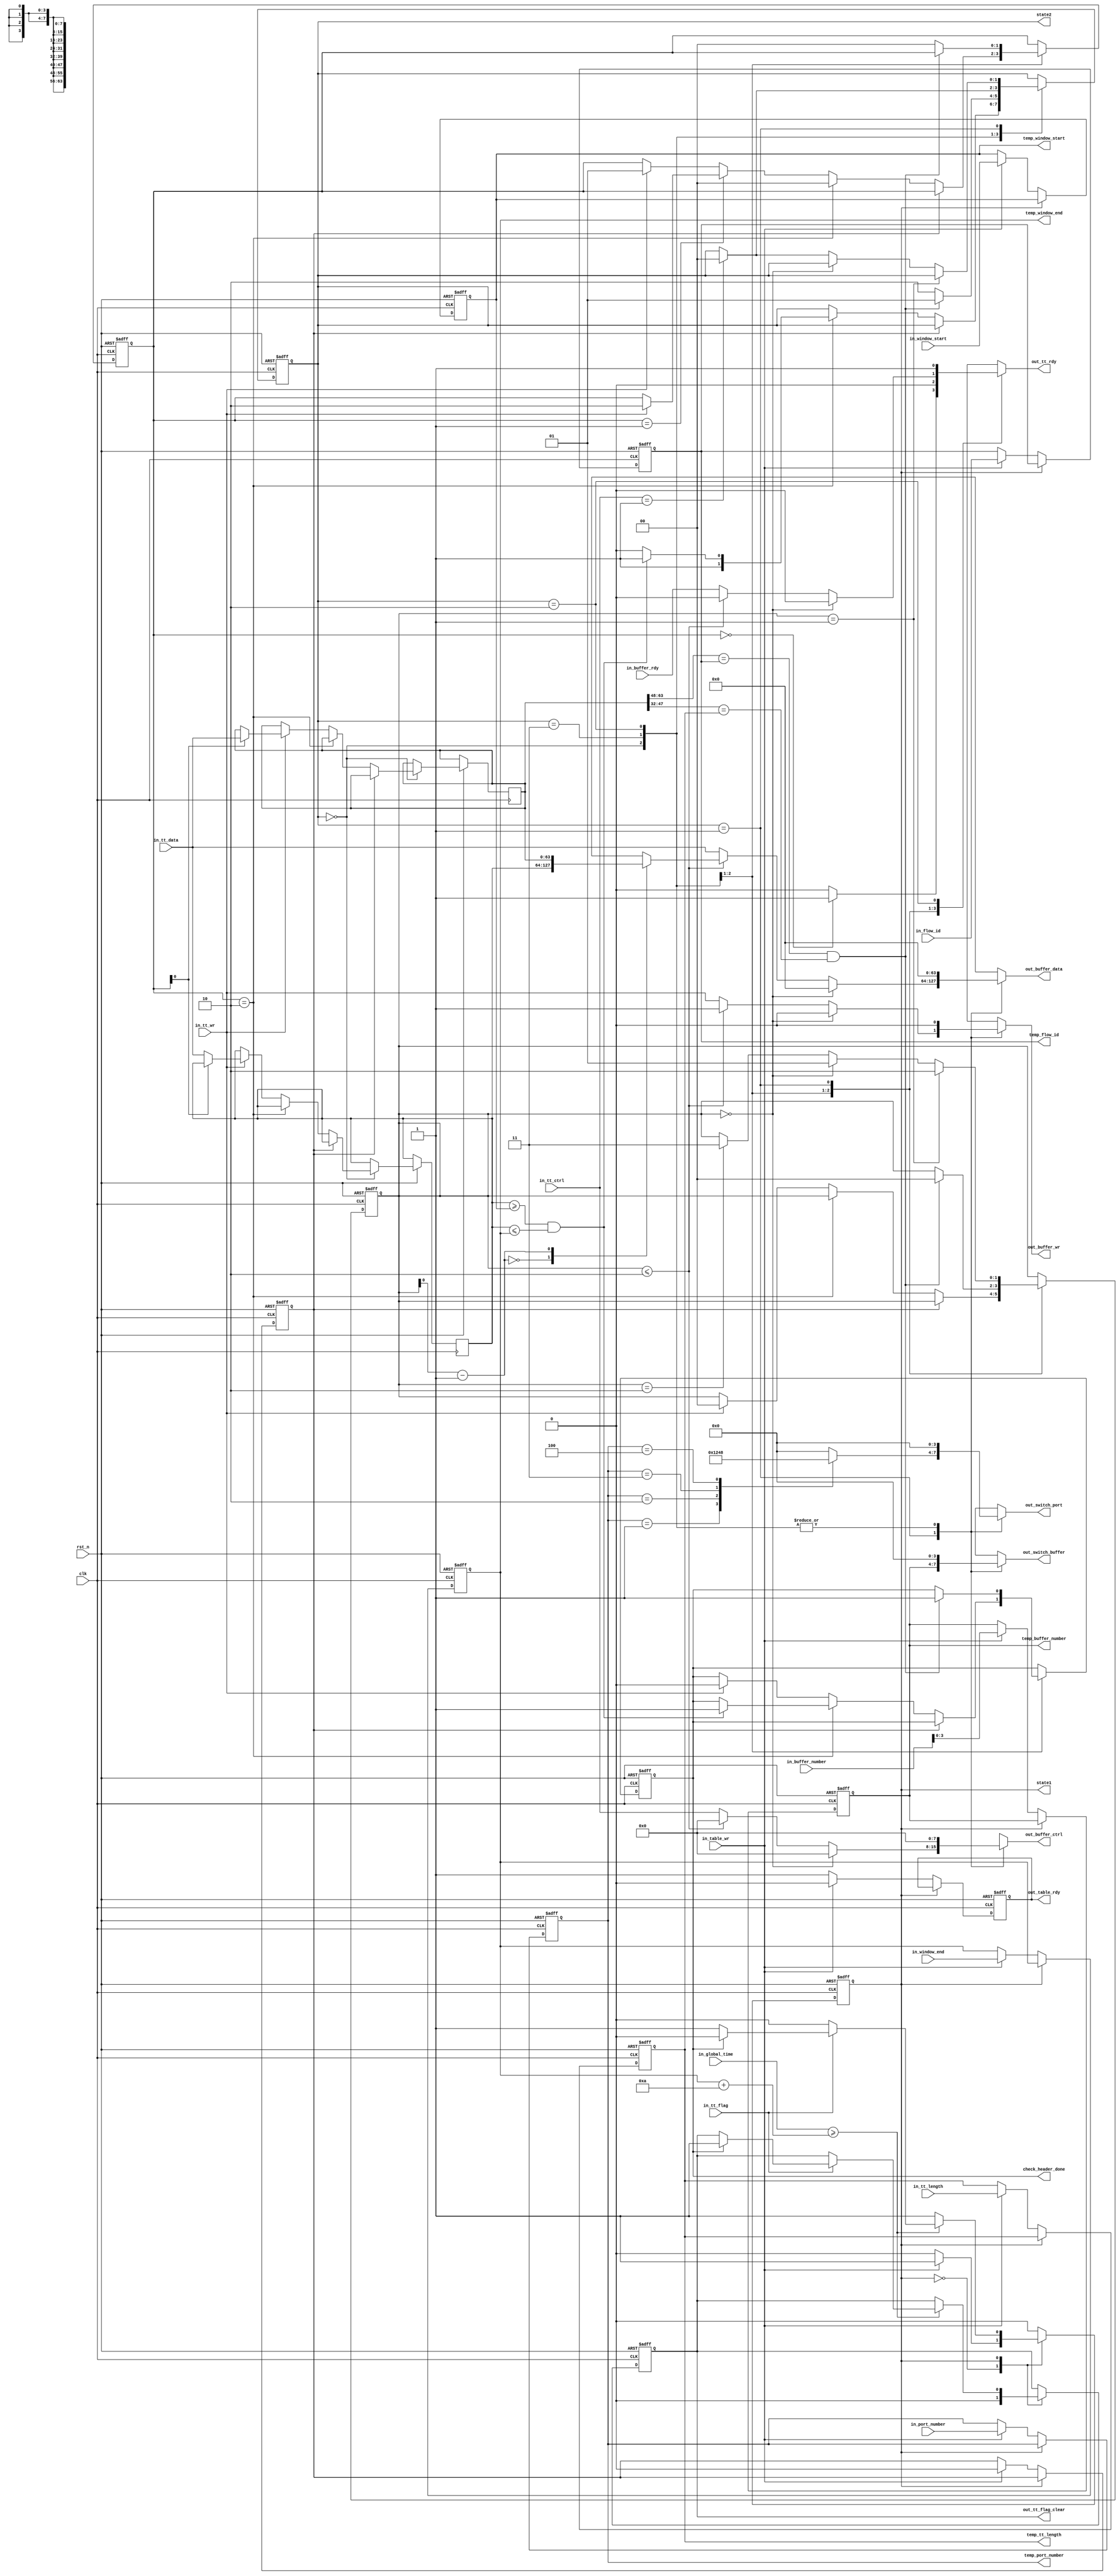
`timescale 1ns / 1ps
//////////////////////////////////////////////////////////////////////////////////
// Company: 
// Engineer: 
// 
// Design Name: 
// Module Name:    check-receive-window 
// Project Name: 
// Target Devices: 
// Tool versions: 
// Description: 
//
// Dependencies: 
//
// Revision: 
// Revision 0.01 - File Created
// Additional Comments: 
//
//////////////////////////////////////////////////////////////////////////////////
module check_receive_window#(
		parameter OFFSET = 10,
		parameter WAIT_TABLE = 0,
		parameter CHECK_FLAG = 1,
		parameter CHECK_TIME = 0,
		parameter WAIT_DATA = 1,
		parameter DROP_DATA = 2,
		parameter CHECK_ID_LENGTH = 3
		)
	(
	input clk,
	input rst_n,
	input [63:0] in_tt_data,
	input [7:0] in_tt_ctrl,
	input in_tt_wr,
	input in_buffer_rdy,
	input in_table_wr,
	input [15:0] in_port_number,
	input [15:0] in_buffer_number,
	input [63:0] in_window_start,
	input [63:0] in_window_end,
	input [63:0] in_global_time,
	input [15:0] in_flow_id,
	input in_tt_flag,
	input [15:0] in_tt_length,
	output reg out_tt_flag_clear,
	output reg [63:0] out_buffer_data,
	output reg [7:0] out_buffer_ctrl,
	output reg out_buffer_wr,
	output reg out_tt_rdy,
	output reg [3:0] out_switch_port,
	output reg [3:0] out_switch_buffer,
	output reg out_table_rdy,
	//
	output reg state1,
	output reg [1:0] state2,
//	output reg [2:0] cstate,
//	output reg [2:0] nstate,
	output reg [15:0] temp_port_number,
	output reg [3:0] temp_buffer_number,
	output reg [63:0] temp_window_start,
	output reg [63:0] temp_window_end,
	output reg [15:0] temp_flow_id,
	output reg [15:0] temp_tt_length,
	output reg check_header_done
    );
	 
	 reg [63:0] temp_data [1:0];
	 reg [1:0] in_count;
	 reg [1:0] out_count;
	 reg empty;
	
	initial begin
	check_header_done = 0;
	empty = 1;
	in_count = 0;
	out_count = 0;
	out_table_rdy = 0;
	state1 = WAIT_TABLE;
	state2 = CHECK_TIME;
	out_table_rdy = 0;
	temp_port_number = 0;
	temp_buffer_number = 0;
	temp_window_start = 0;
	temp_window_end = 0;
	temp_flow_id = 0;
	temp_tt_length = 0;
	out_tt_flag_clear = 0;
	end

	always @(posedge clk or negedge rst_n)begin//decide wheter or not
	if(!rst_n)begin
		out_table_rdy <= 0;
		empty <= 1;
		state1 <= WAIT_TABLE;
		temp_port_number <= 0;
		temp_buffer_number <= 0;
		temp_window_start <= 0;
		temp_window_end <= 0;
		temp_flow_id <= 0;
		temp_tt_length <= 0;
		out_tt_flag_clear <= 0;
		end
	else begin
	case(state1)
	WAIT_TABLE:begin
		out_tt_flag_clear <= 0;
		if(in_table_wr == 1)begin
		empty <= 0;
		temp_port_number <= in_port_number;
		temp_buffer_number <= in_buffer_number;
		temp_window_start <= in_window_start;
		temp_window_end <= in_window_end;
		temp_tt_length <= in_tt_length;
		temp_flow_id <= in_flow_id;
		state1 <= CHECK_FLAG;
		out_table_rdy <= 0;
		end
		else begin
		out_table_rdy <= 1;
		end
	end
	CHECK_FLAG:begin
		if(in_global_time >= temp_window_end + OFFSET)begin
			if(in_tt_flag == 0)begin
				state1 <= WAIT_TABLE;
			end
			else begin
				if(check_header_done == 1)begin
					out_tt_flag_clear <= 1;
					state1 <= WAIT_TABLE;
				end
			end
		end
	end
	endcase
	end
	end

	always @(posedge clk or negedge rst_n)begin//decide whether data is valid or not
	if(!rst_n)begin
		state2 <= CHECK_TIME;
		in_count <= 0;
		out_count <= 0;
		check_header_done <= 0;
		end
	else
	case(state2)
	CHECK_TIME:begin
	if(empty == 1) ;
	else begin
			if(in_count == 2 )begin
				if(temp_data[0] >= temp_window_start && temp_data[0] <= temp_window_end)begin
				check_header_done <= 1;
				state2 <= CHECK_ID_LENGTH;
				in_count <= 0;
				end
				else begin
				state2 <= DROP_DATA;
				in_count <= 0;
				end
			end
			else if(in_count == 1)begin
				if(in_tt_wr == 1)begin
				temp_data[in_count] <= in_tt_data;
				in_count <= 2;
				out_count <= 0;
				check_header_done <= 0;
				end
			end
			else begin
				if(in_tt_wr == 1)begin
				check_header_done <= 0;
				out_count <= 0;
				temp_data[in_count] <= in_tt_data;
				in_count <= 1;
				end
			end
	end
end
	CHECK_ID_LENGTH: begin
		if(temp_data[1][63:48] == temp_flow_id && temp_data[1][47:32] == temp_tt_length)begin
		out_count <= 0;
		state2 <= WAIT_DATA;
		check_header_done <= 1;
		end
		else begin
		in_count <= 0;
		state2 <= DROP_DATA;
		end
end
	DROP_DATA:begin
		if(in_tt_ctrl == 1) state2 <= CHECK_TIME;
	end
	WAIT_DATA:begin
		if(out_count == 2) out_count <= 3;
		if(out_count == 1) out_count <= 2;
		else if(out_count == 0) out_count <= 1;
		else begin
		if(in_tt_ctrl == 1) begin
				state2 <= CHECK_TIME;
			end
			else ;
		end
	end
	endcase
	end
	
	always @(state2 or temp_data[0] or temp_data[1] or empty or out_count or temp_port_number or temp_buffer_number or in_buffer_rdy or in_tt_data or in_tt_ctrl or in_tt_wr ) begin
	case(state2)
	CHECK_TIME: 
	begin
		if(in_count == 0) out_tt_rdy <= 1;
		else out_tt_rdy <= 0;
		out_buffer_data <= 0;
		out_buffer_ctrl <= 0;
		out_buffer_wr <= 0;
		out_switch_port <= 0;
		out_switch_buffer <= 0;
	end
	CHECK_ID_LENGTH:begin
		out_tt_rdy <= 0;
		out_buffer_data <= 0;
		out_buffer_ctrl <= 0;
		out_buffer_wr <= 0;
		out_switch_port <= 0;
		out_switch_buffer <= 0;
	end
	WAIT_DATA: begin
	if(out_count == 0) begin
		out_tt_rdy <= 0;
		out_buffer_data <= 0;
		out_buffer_ctrl <= 0;
		out_buffer_wr <= 0;
	case(temp_port_number)
		1: out_switch_port <= 4'b0001;
		2: out_switch_port <= 4'b0010;
		3: out_switch_port <= 4'b0100;
		4: out_switch_port <= 4'b1000;
		default: out_switch_port <= 4'b0000;
		endcase
		out_switch_buffer <= temp_buffer_number;
	end
	else if(out_count <= 2)begin
	out_tt_rdy <= 0;
	out_buffer_data <= temp_data[out_count-1];
	out_buffer_ctrl <= 0;
	out_buffer_wr <= 1;
	case(temp_port_number)
		1: out_switch_port <= 4'b0001;
		2: out_switch_port <= 4'b0010;
		3: out_switch_port <= 4'b0100;
		4: out_switch_port <= 4'b1000;
		default: out_switch_port <= 4'b0000;
		endcase
		out_switch_buffer <= temp_buffer_number;
	end
	else begin
		out_tt_rdy <= in_buffer_rdy;
		out_buffer_data <= in_tt_data;
		out_buffer_ctrl <= in_tt_ctrl;
		out_buffer_wr <= in_tt_wr;
		case(temp_port_number)
		1: out_switch_port <= 4'b0001;
		2: out_switch_port <= 4'b0010;
		3: out_switch_port <= 4'b0100;
		4: out_switch_port <= 4'b1000;
		default: out_switch_port <= 4'b0000;
		endcase
		out_switch_buffer <= temp_buffer_number;
		end
	end
	DROP_DATA:begin
		out_tt_rdy <= 1;
		out_buffer_data <= 0;
		out_buffer_ctrl <= 0;
		out_buffer_wr <= 0;
		out_switch_port <= 0;
		out_switch_buffer <= 0;
	end
	default: begin
		out_tt_rdy <= 0;
		out_buffer_data <= 0;
		out_buffer_ctrl <= 0;
		out_buffer_wr <= 0;
		out_switch_port <= 0;
		out_switch_buffer <= 0;
	end
	endcase
	end

	
endmodule